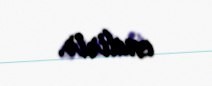
endirir.